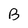
Character: B